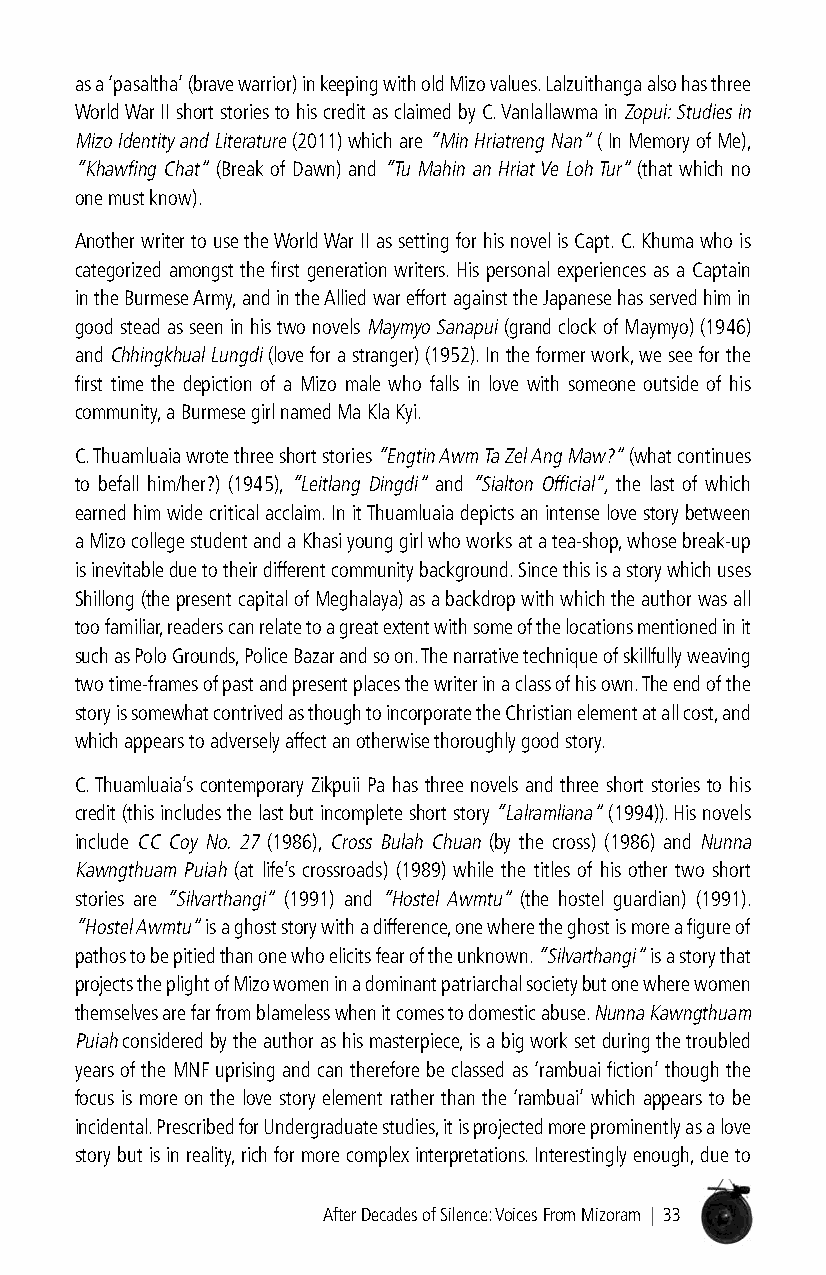
as a ‘pasaltha’ (brave warrior) in keeping with old Mizo values. Lalzuithanga also has three
 World War II short stories to his credit as claimed by C. Vanlallawma in Zopui: Studies in
 Mizo Identity and Literature (2011) which are “Min Hriatreng Nan” ( In Memory of Me),
 “Khawfing Chat” (Break of Dawn) and “Tu Mahin an Hriat Ve Loh Tur” (that which no
 one must know).
 Another writer to use the World War II as setting for his novel is Capt. C. Khuma who is
 categorized amongst the first generation writers. His personal experiences as a Captain
 in the Burmese Army, and in the Allied war effort against the Japanese has served him in
 good stead as seen in his two novels Maymyo Sanapui (grand clock of Maymyo) (1946)
 and Chhingkhual Lungdi (love for a stranger) (1952). In the former work, we see for the
 first time the depiction of a Mizo male who falls in love with someone outside of his
 community, a Burmese girl named Ma Kla Kyi.
 C. Thuamluaia wrote three short stories “Engtin Awm Ta Zel Ang Maw?” (what continues
 to befall him/her?) (1945), “Leitlang Dingdi” and “Sialton Official”, the last of which
 earned him wide critical acclaim. In it Thuamluaia depicts an intense love story between
 a Mizo college student and a Khasi young girl who works at a tea-shop, whose break-up
 is inevitable due to their different community background. Since this is a story which uses
 Shillong (the present capital of Meghalaya) as a backdrop with which the author was all
 too familiar, readers can relate to a great extent with some of the locations mentioned in it
 such as Polo Grounds, Police Bazar and so on. The narrative technique of skillfully weaving
 two time-frames of past and present places the writer in a class of his own. The end of the
 story is somewhat contrived as though to incorporate the Christian element at all cost, and
 which appears to adversely affect an otherwise thoroughly good story.
 C. Thuamluaia’s contemporary Zikpuii Pa has three novels and three short stories to his
 credit (this includes the last but incomplete short story “Lalramliana” (1994)). His novels
 include CC Coy No. 27 (1986), Cross Bulah Chuan (by the cross) (1986) and Nunna
 Kawngthuam Puiah (at life’s crossroads) (1989) while the titles of his other two short
 stories are “Silvarthangi” (1991) and “Hostel Awmtu” (the hostel guardian) (1991).
 “Hostel Awmtu” is a ghost story with a difference, one where the ghost is more a figure of
 pathos to be pitied than one who elicits fear of the unknown. “Silvarthangi” is a story that
 projects the plight of Mizo women in a dominant patriarchal society but one where women
 themselves are far from blameless when it comes to domestic abuse. Nunna Kawngthuam
 Puiah considered by the author as his masterpiece, is a big work set during the troubled
 years of the MNF uprising and can therefore be classed as ‘rambuai fiction’ though the
 focus is more on the love story element rather than the ‘rambuai’ which appears to be
 incidental. Prescribed for Undergraduate studies, it is projected more prominently as a love
 story but is in reality, rich for more complex interpretations. Interestingly enough, due to
 After Decades of Silence: Voices From Mizoram | 33